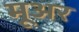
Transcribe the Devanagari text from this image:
मूअर